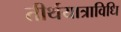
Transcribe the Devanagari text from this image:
तीर्थयात्राविधि